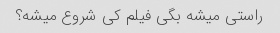
راستی میشه بگی فیلم کی شروع میشه؟